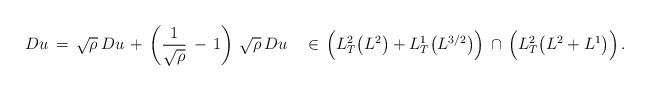
LaTeX: \begin{align*} Du\,=\,\sqrt{\rho}\,Du\,+\,\left(\frac{1}{\sqrt{\rho}}\,-\,1\right)\,\sqrt{\rho}\,Du\quad\in\,\Bigl(L^2_T\bigl(L^2\bigr)+L^1_T\bigl(L^{3/2}\bigr)\Bigr)\,\cap\,\Bigl(L^2_T\bigl(L^2+L^1\bigr)\Bigr)\,.\end{align*}